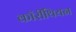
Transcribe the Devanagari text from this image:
कॉरींथियन